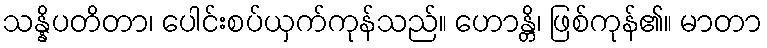
သန္နိပတိတာ၊ ပေါင်းစပ်ယှက်ကုန်သည်။ ဟောန္တိ၊ ဖြစ်ကုန်၏။ မာတာ